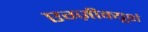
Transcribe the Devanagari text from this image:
एग्ज़ीक्यूशं